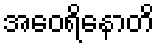
အဝေရိနောတိ